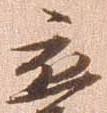
応